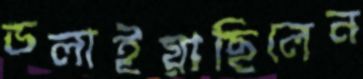
ডলাইয়াছিলেন